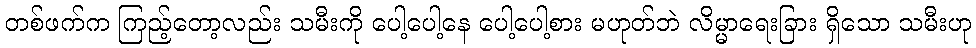
တစ်ဖက်က ကြည့်တော့လည်း သမီးကို ပေါ့ပေါ့နေ ပေါ့ပေါ့စား မဟုတ်ဘဲ လိမ္မာရေးခြား ရှိသော သမီးဟု